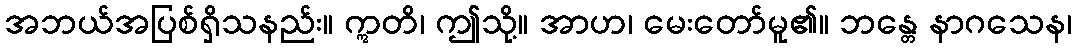
အဘယ်အပြစ်ရှိသနည်း။ ဣတိ၊ ဤသို့။ အာဟ၊ မေးတော်မူ၏။ ဘန္တေ နာဂသေန၊